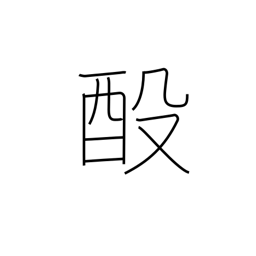
Meaning: rebrew